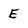
Character: E